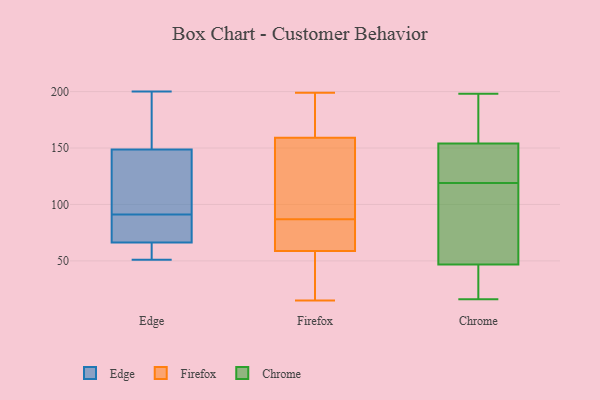
{"axis": {"x": "Population (Million)", "y": "Value"}, "legend": ["Chrome", "Edge", "Firefox"], "data": [{"x": "", "y": 200, "type": "Edge"}, {"x": "", "y": 66, "type": "Edge"}, {"x": "", "y": 190, "type": "Edge"}, {"x": "", "y": 121, "type": "Edge"}, {"x": "", "y": 51, "type": "Edge"}, {"x": "", "y": 59, "type": "Edge"}, {"x": "", "y": 158, "type": "Edge"}, {"x": "", "y": 121, "type": "Edge"}, {"x": "", "y": 78, "type": "Edge"}, {"x": "", "y": 67, "type": "Edge"}, {"x": "", "y": 91, "type": "Edge"}, {"x": "", "y": 87, "type": "Firefox"}, {"x": "", "y": 147, "type": "Firefox"}, {"x": "", "y": 163, "type": "Firefox"}, {"x": "", "y": 16, "type": "Firefox"}, {"x": "", "y": 146, "type": "Firefox"}, {"x": "", "y": 84, "type": "Firefox"}, {"x": "", "y": 74, "type": "Firefox"}, {"x": "", "y": 196, "type": "Firefox"}, {"x": "", "y": 169, "type": "Firefox"}, {"x": "", "y": 54, "type": "Firefox"}, {"x": "", "y": 21, "type": "Firefox"}, {"x": "", "y": 83, "type": "Firefox"}, {"x": "", "y": 73, "type": "Firefox"}, {"x": "", "y": 15, "type": "Firefox"}, {"x": "", "y": 95, "type": "Firefox"}, {"x": "", "y": 41, "type": "Firefox"}, {"x": "", "y": 174, "type": "Firefox"}, {"x": "", "y": 199, "type": "Firefox"}, {"x": "", "y": 101, "type": "Firefox"}, {"x": "", "y": 124, "type": "Chrome"}, {"x": "", "y": 28, "type": "Chrome"}, {"x": "", "y": 198, "type": "Chrome"}, {"x": "", "y": 16, "type": "Chrome"}, {"x": "", "y": 133, "type": "Chrome"}, {"x": "", "y": 61, "type": "Chrome"}, {"x": "", "y": 82, "type": "Chrome"}, {"x": "", "y": 184, "type": "Chrome"}, {"x": "", "y": 186, "type": "Chrome"}, {"x": "", "y": 94, "type": "Chrome"}, {"x": "", "y": 136, "type": "Chrome"}, {"x": "", "y": 119, "type": "Chrome"}, {"x": "", "y": 160, "type": "Chrome"}, {"x": "", "y": 42, "type": "Chrome"}, {"x": "", "y": 38, "type": "Chrome"}]}